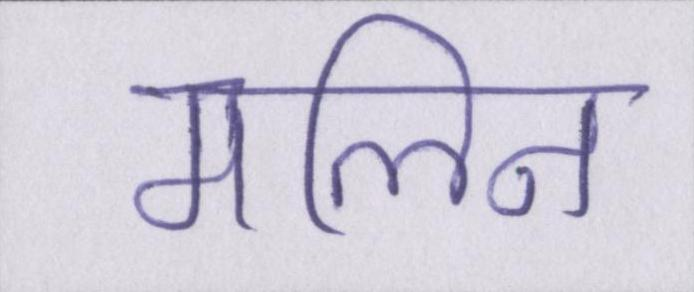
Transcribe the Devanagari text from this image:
मलिन